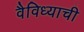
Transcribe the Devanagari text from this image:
वैविध्याची